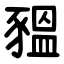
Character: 豱